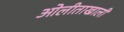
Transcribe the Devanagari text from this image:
ओलीताखाली